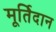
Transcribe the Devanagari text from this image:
मूर्तिदान